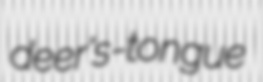
deer's-tongue